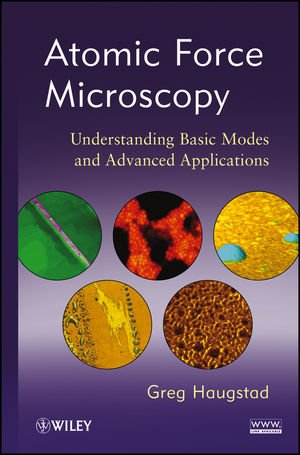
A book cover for Atomic Force Microscopy: Understanding Basic Modes and Advanced Applications; Greg Haugstad; Science & Math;